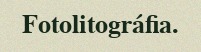
Fotolitográfia.